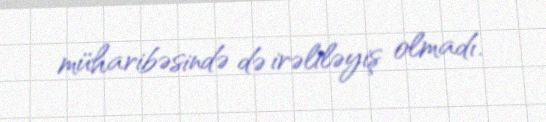
müharibəsində də irəliləyiş olmadı.